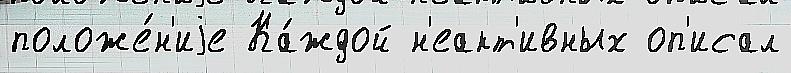
положе́н'иjе Ка́ждой н'еакт'ивных оп'исал